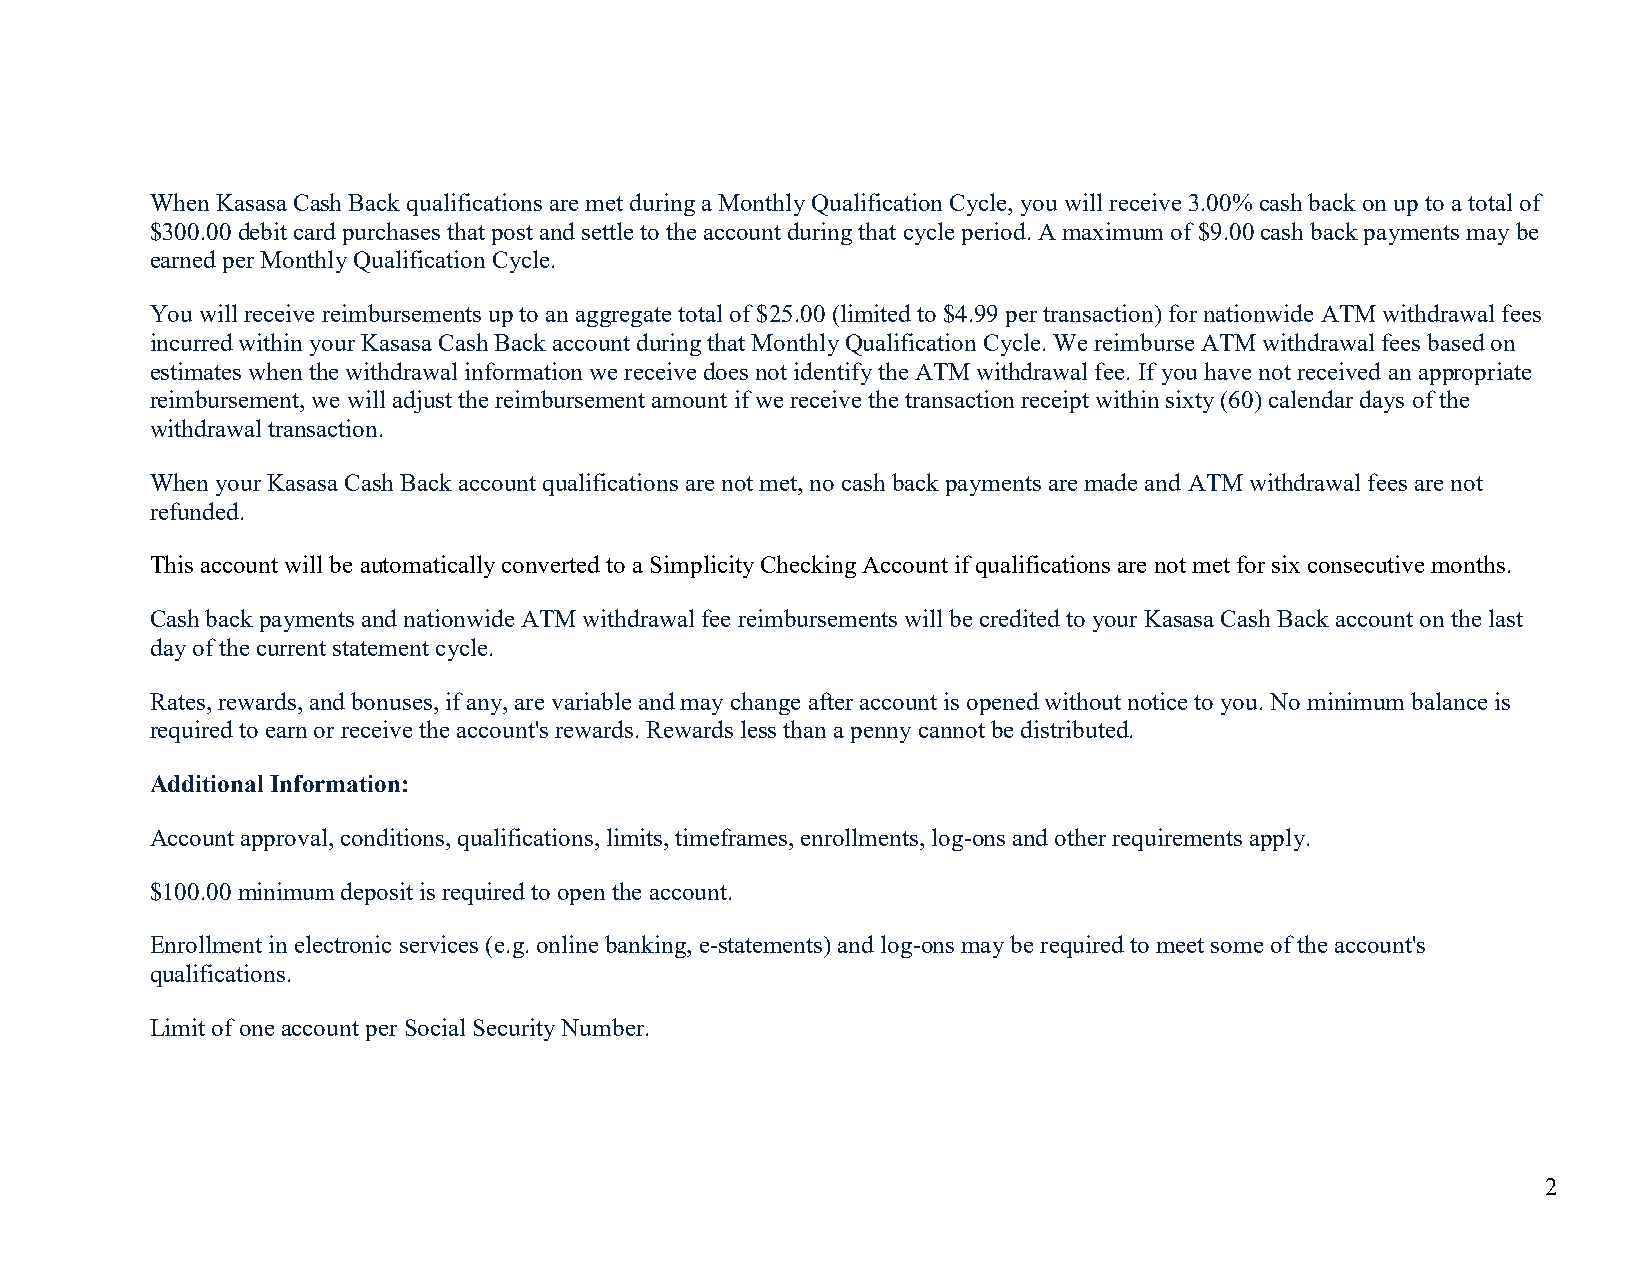
When Kasasa Cash Back qualifications are met during a Monthly Qualification Cycle, you will receive 3.00% cash back on up to a total of
 $300.00 debit card purchases that post and settle to the account during that cycle period. A maximum of $9.00 cash back payments may be
 earned per Monthly Qualification Cycle.
 You will receive reimbursements up to an aggregate total of $25.00 (limited to $4.99 per transaction) for nationwide ATM withdrawal fees
 incurred within your Kasasa Cash Back account during that Monthly Qualification Cycle. We reimburse ATM withdrawal fees based on
 estimates when the withdrawal information we receive does not identify the ATM withdrawal fee. If you have not received an appropriate
 reimbursement, we will adjust the reimbursement amount if we receive the transaction receipt within sixty (60) calendar days of the
 withdrawal transaction.
 When your Kasasa Cash Back account qualifications are not met, no cash back payments are made and ATM withdrawal fees are not
 refunded.
 This account will be automatically converted to a Simplicity Checking Account if qualifications are not met for six consecutive months.
 Cash back payments and nationwide ATM withdrawal fee reimbursements will be credited to your Kasasa Cash Back account on the last
 day of the current statement cycle.
 Rates, rewards, and bonuses, if any, are variable and may change after account is opened without notice to you. No minimum balance is
 required to earn or receive the account's rewards. Rewards less than a penny cannot be distributed.
 Additional Information:
 Account approval, conditions, qualifications, limits, timeframes, enrollments, log-ons and other requirements apply.
 $100.00 minimum deposit is required to open the account.
 Enrollment in electronic services (e.g. online banking, e-statements) and log-ons may be required to meet some of the account's
 qualifications.
 Limit of one account per Social Security Number.
 2